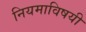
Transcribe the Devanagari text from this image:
नियमाविषयी